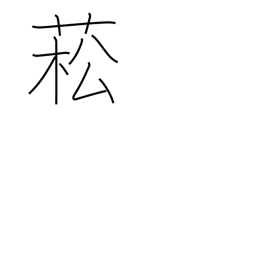
Meaning: type of rape plant